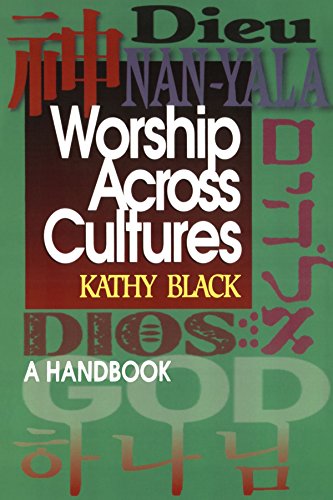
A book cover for Worship Across Cultures: A Handbook; Kathy Black; Christian Books & Bibles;